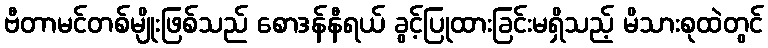
ဗီတာမင်တစ်မျိုးဖြစ်သည် စောဒန်နီရယ် ခွင့်ပြုထားခြင်းမရှိသည့် မိသားစုထဲတွင်